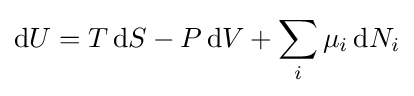
\mathrm {d} U=T\,\mathrm {d} S-P\,\mathrm {d} V+\sum _{i}\mu _{i}\,\mathrm {d} N_{i}\,\!